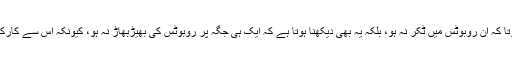
ہمیں صرف اس بات کو یقینی نہیں بنانا ہوتا کہ ان روبوٹس میں ٹکر نہ ہو، بلکہ یہ بھی دیکھنا ہوتا ہے کہ ایک ہی جگہ پر روبوٹس کی بھیڑبھاڑ نہ ہو، کیونکہ اس سے کارکردگی متاثر ہونے کا خدشہ بڑھ جاتا ہے‘۔